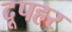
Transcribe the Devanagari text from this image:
दूपहर